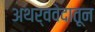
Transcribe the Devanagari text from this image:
अथर्ववेदातून